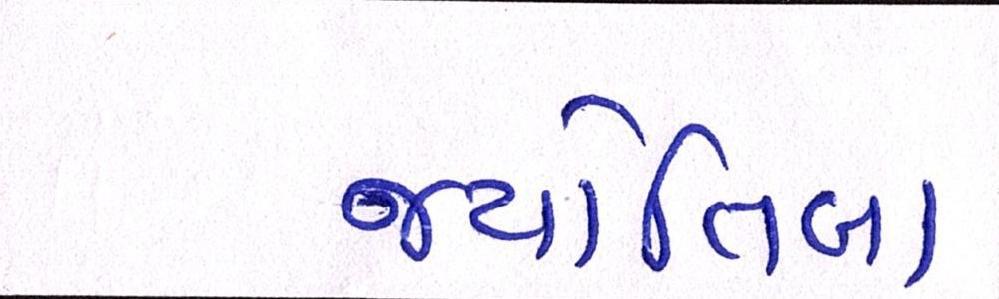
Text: જ્યોતિબા